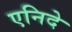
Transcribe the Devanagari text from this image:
एनिदे